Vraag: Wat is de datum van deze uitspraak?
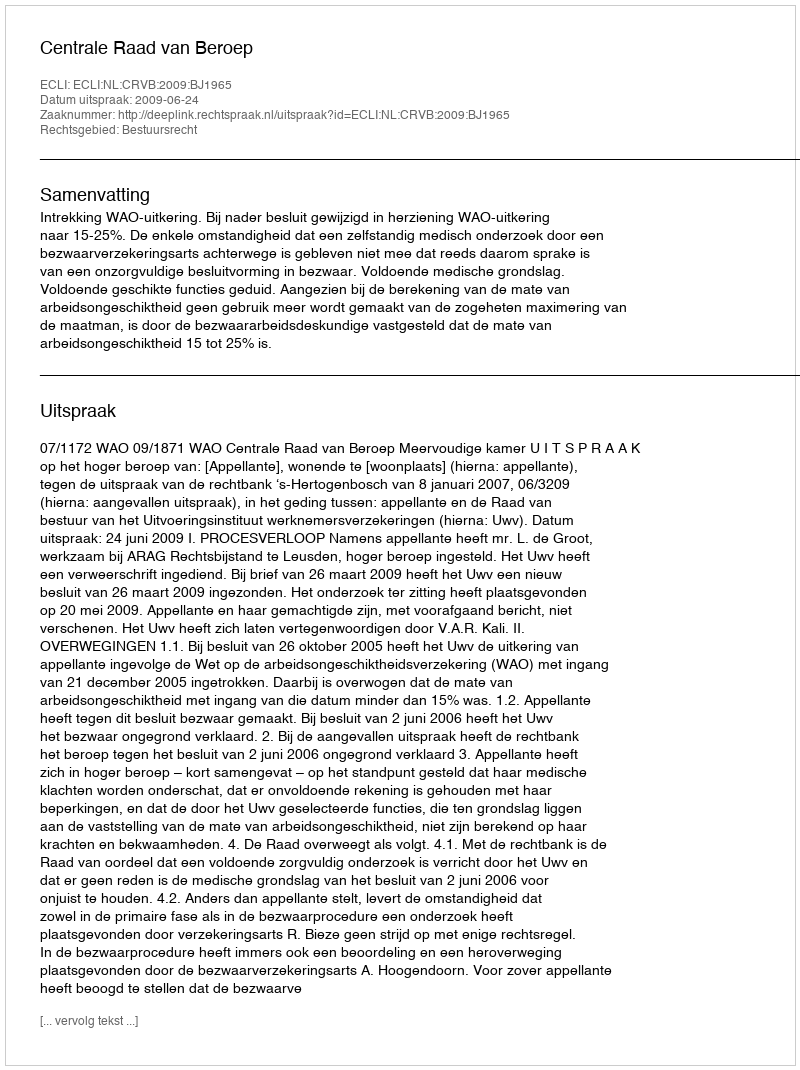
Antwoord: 2009-06-24